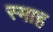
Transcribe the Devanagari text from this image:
स्माह